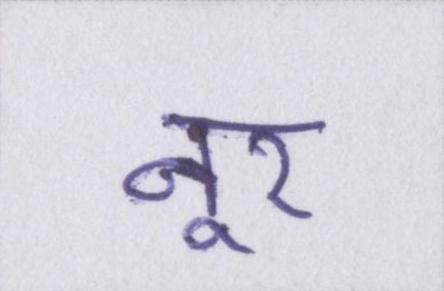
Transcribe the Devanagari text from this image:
नूर